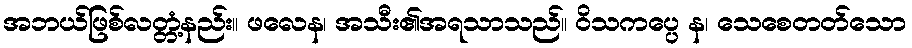
အဘယ်ဖြစ်လတ္တံ့နည်း။ ဖလေန၊ အသီး၏အရသာသည်။ ဝိသကပ္ပေ န၊ သေစေတတ်သော